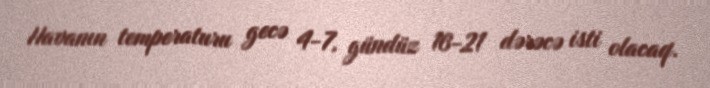
Havanın temperaturu gecə 4-7, gündüz 16-21 dərəcə isti olacaq.